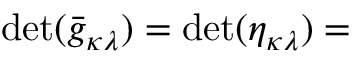
\operatorname* { d e t } ( { \bar { g } } _ { \kappa \lambda } ) = \operatorname* { d e t } ( \eta _ { \kappa \lambda } ) =